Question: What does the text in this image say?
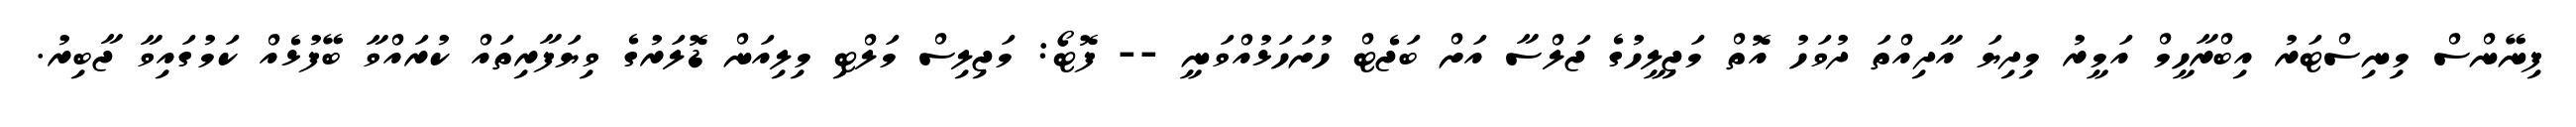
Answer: ފިނޭންސް މިނިސްޓަރު އިބްރާހީމް އަމީރު މިދިޔަ އާދިއްތަ ދުވަހު އޮތް މަޖިލީހުގެ ޖަލްސާ އަށް ބަޖެޓް ހުށަހަޅުއްވަނީ -- ފޮޓޯ: މަޖިލިސް މަލްޓި މިލިއަން ޑޮލަރުގެ ވިޔަފާރިތައް ކުރައްވާ ބޭފުޅެއް ކަމުގައިވާ ޖާބިރު.